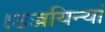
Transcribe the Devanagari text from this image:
।उज्जयिन्यां